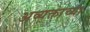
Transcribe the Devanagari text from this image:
अव्यक्ताच्या